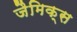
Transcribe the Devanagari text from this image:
जैमिक्स